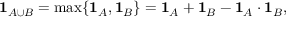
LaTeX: \mathbf { 1 } _ { A \cup B } = \operatorname* { m a x } \{ { \mathbf { 1 } _ { A } , \mathbf { 1 } _ { B } } \} = \mathbf { 1 } _ { A } + \mathbf { 1 } _ { B } - \mathbf { 1 } _ { A } \cdot \mathbf { 1 } _ { B } ,